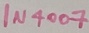
Text: IN4007